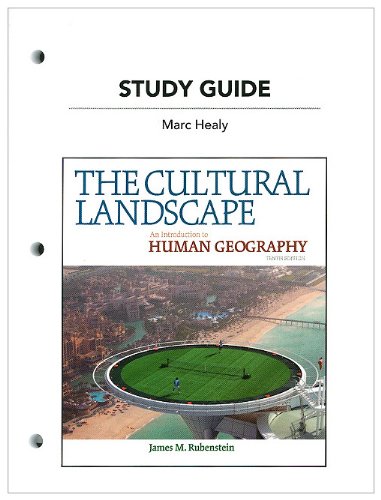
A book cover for Study Guide for The Cultural Landscape: An Introduction to Human Geography; James M. Rubenstein; Science & Math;